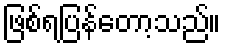
ဖြစ်ရပြန်တော့သည်။